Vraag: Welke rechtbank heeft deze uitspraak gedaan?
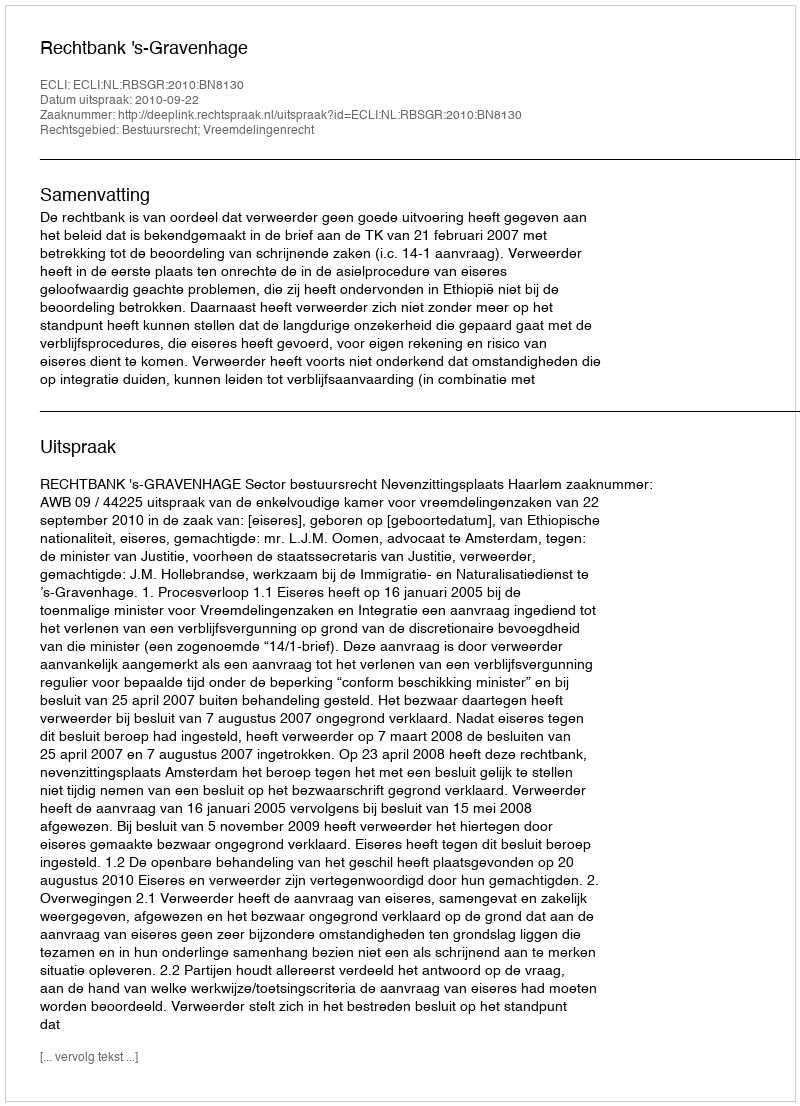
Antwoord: Rechtbank 's-Gravenhage